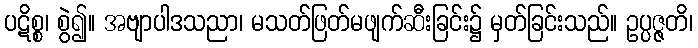
ပဋိစ္စ၊ စွဲ၍။ အဗျာပါဒသညာ၊ မသတ်ဖြတ်မဖျက်ဆီးခြင်း၌ မှတ်ခြင်းသည်။ ဥပ္ပဇ္ဇတိ၊